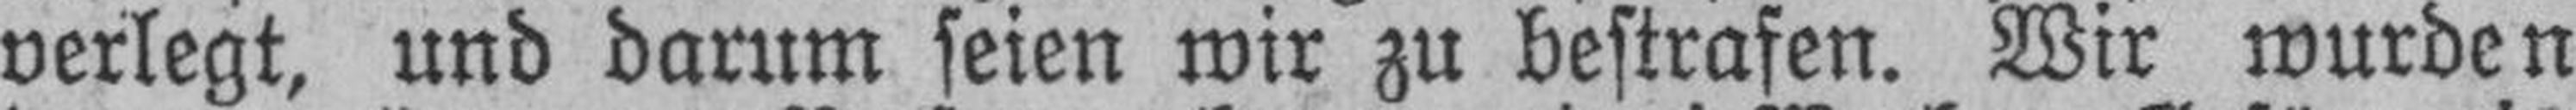
verlegt, und darum seien wir zu bestrafen. Wir wurden